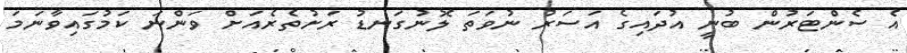
އެ ސެންޓަރުން ބުނީ އުދައިގެ އަސަރު ނުވަތަ ލޮނުގަނޑު ރަށުތެރެއަށް ވަންނަ ކަމުގައިވާނަމަ